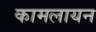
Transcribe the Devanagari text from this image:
कामलायन